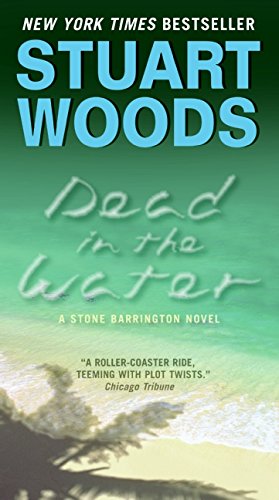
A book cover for Dead in the Water: A Novel (Stone Barrington); Stuart Woods; Mystery, Thriller & Suspense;